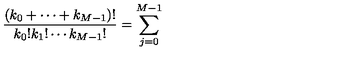
\frac { ( k _ { 0 } + \cdots + k _ { M - 1 } ) ! } { k _ { 0 } ! k _ { 1 } ! \cdots k _ { M - 1 } ! } = \sum _ { j = 0 } ^ { M - 1 }